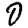
Digit: 0